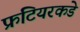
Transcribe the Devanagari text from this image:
फ्रंटियरकडे